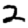
Digit: 2